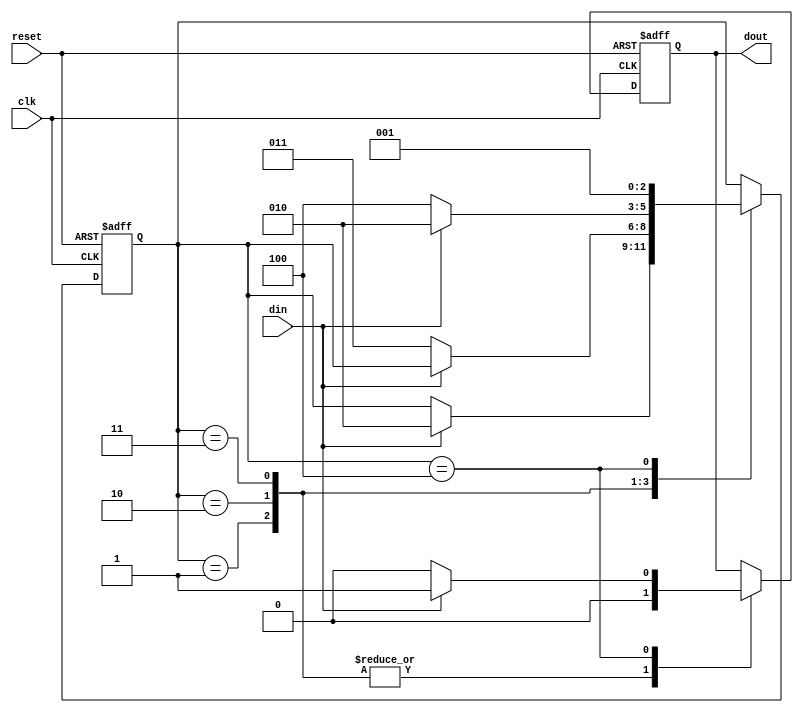
module mealy_1001(input  clk,
                   input  reset,
                   input din,
                   output reg  dout);
  parameter S0 = 4'h1;
  parameter S1 = 4'h2;
  parameter S2 = 4'h3;
  parameter S3 = 4'h4;
  

  
   reg[2:0] state_t,state;

  always @(posedge clk or posedge reset) begin
    if(reset) begin
      dout <= 1'b0;
      state <= S0;
    end
    else begin
      case(state)
        S0: begin
          if(din) begin
            state <= S1;
            dout <=1'b0;
          end
          else
            dout <=1'b0;
        end
        S1: begin
          if(~din) begin
            state <= S2;
            dout <=1'b0;
          end
          else begin
            dout <=1'b0;
          end
        end
        S2: begin
          if(~din) begin
            state <= S3;
            dout <=1'b0;
          end
          else begin
            state <= S1;
            dout <=1'b0;
          end
        end
        S3: begin
          if(din) begin
            state <= S0;
            dout <=1'b1;
          end
          else begin
            state <= S0;
            dout <=1'b0;
          end
        end
      endcase
    end
  end

endmodule